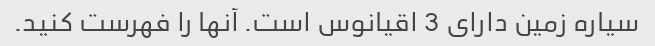
سیاره زمین دارای 3 اقیانوس است. آنها را فهرست کنید.